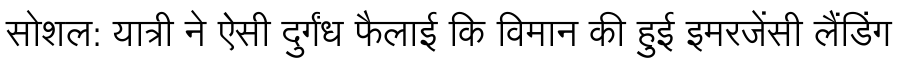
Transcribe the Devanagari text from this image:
सोशल: यात्री ने ऐसी दुर्गंध फैलाई कि विमान की हुई इमरजेंसी लैंडिंग